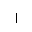
Letter: _alif